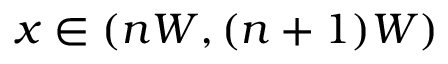
x \in ( n W , ( n + 1 ) W )